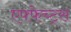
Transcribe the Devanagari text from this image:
एफ्फेच्ट्स